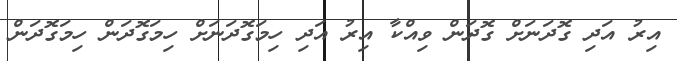
އިރު އަދި ގޮދަނަށް ގޮދަން ވިއްކާ އިރު އަދި ހިމަގޮދަނަށް ހިމަގޮދަން ހިމަގޮދަން